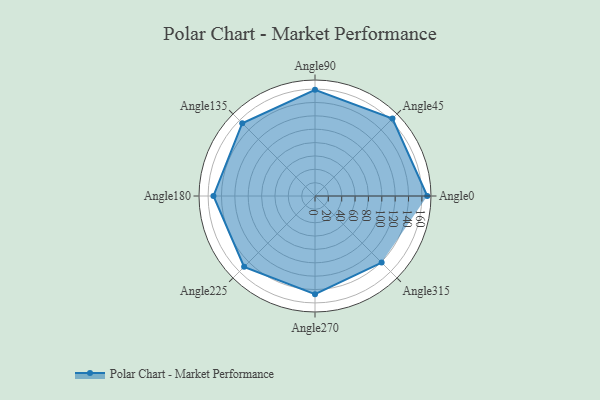
{"axis": {"x": "Angle", "y": "Radius"}, "legend": [""], "data": [{"x": "Angle0", "y": 168.0, "type": ""}, {"x": "Angle45", "y": 164.0, "type": ""}, {"x": "Angle90", "y": 159.0, "type": ""}, {"x": "Angle135", "y": 154.0, "type": ""}, {"x": "Angle180", "y": 152.0, "type": ""}, {"x": "Angle225", "y": 150.0, "type": ""}, {"x": "Angle270", "y": 147.0, "type": ""}, {"x": "Angle315", "y": 141.0, "type": ""}]}